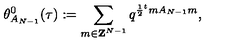
\theta _ { A _ { N - 1 } } ^ { 0 } ( \tau ) : = \sum _ { m \in { \bf Z } ^ { N - 1 } } q ^ { \frac { 1 } { 2 } { } ^ { t } m A _ { N - 1 } m } ,